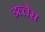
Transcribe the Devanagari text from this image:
डल्लेस